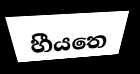
හීයතෙ